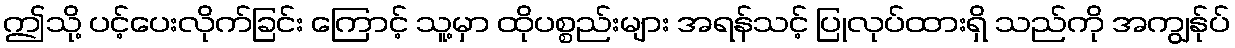
ဤသို့ ပင့်ပေးလိုက်ခြင်း ကြောင့် သူ့မှာ ထိုပစ္စည်းများ အရန်သင့် ပြုလုပ်ထားရှိ သည်ကို အကျွန်ုပ်